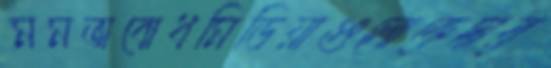
মমতাবোধমিডিয়াগুলোকেদার্